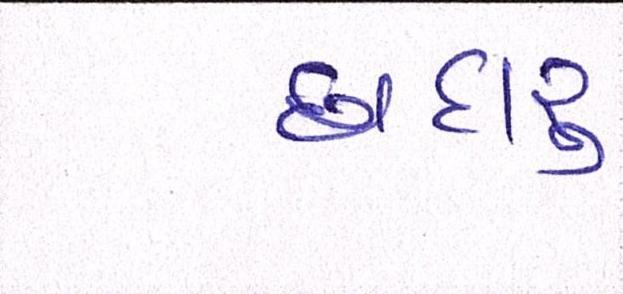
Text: દારૃ